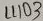
Text: LL103